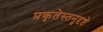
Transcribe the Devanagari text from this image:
प्रकृतेस्तनुदृष्टे